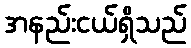
အနည်းငယ်ရှိသည်